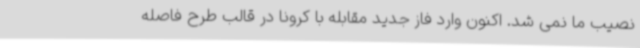
نصیب ما نمی شد. اکنون وارد فاز جدید مقابله با کرونا در قالب طرح فاصله